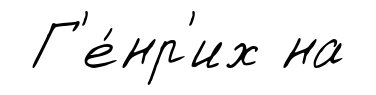
Г'е́нр'их на